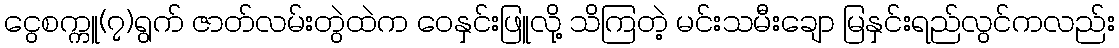
ငွေစက္ကူ(၇)ရွက် ဇာတ်လမ်းတွဲထဲက ဝေနှင်းဖြူလို့ သိကြတဲ့ မင်းသမီးချော မြနှင်းရည်လွင်ကလည်း